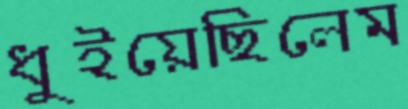
ধুইয়েছিলেম